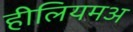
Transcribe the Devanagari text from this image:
हीलियमअ